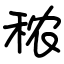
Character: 秾